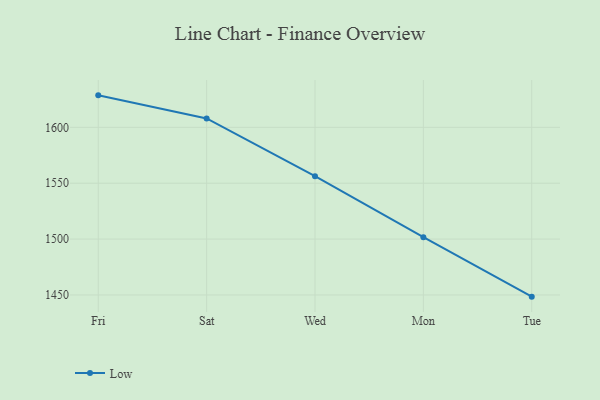
{"axis": {"x": "Day", "y": "Temperature (°C)"}, "legend": ["Low"], "data": [{"x": "Fri", "y": 1628.6, "type": "Low"}, {"x": "Sat", "y": 1607.9, "type": "Low"}, {"x": "Wed", "y": 1556.3, "type": "Low"}, {"x": "Mon", "y": 1501.7, "type": "Low"}, {"x": "Tue", "y": 1448.5, "type": "Low"}]}